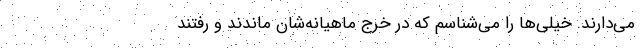
می‌دارند. خیلی‌ها را می‌شناسم که در خرج ماهیانه‌شان ماندند و رفتند